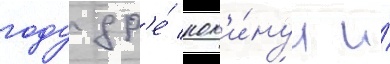
году др'е́ пок'и́нул и́